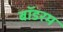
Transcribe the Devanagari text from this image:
बॉडरम